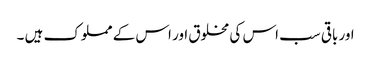
اور باقی سب اس کی مخلوق اور اس کے مملوک ہیں ۔